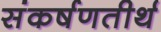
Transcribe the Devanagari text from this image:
संकर्षणतीर्थ